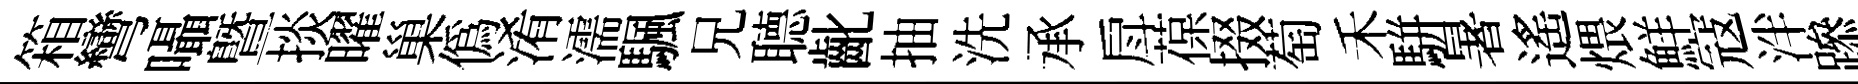
箱彎囁暨掞曜巢偽淆濡颿兄𦗟齔抽洗承戽葆掇萄禾駢暑遙煨鮮寇泮𨅶